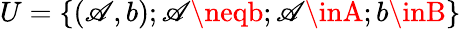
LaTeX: U=\{ (\mathscr{A},b);\mathscr{A}\neqb;\mathscr{A}\inA;b\inB\}